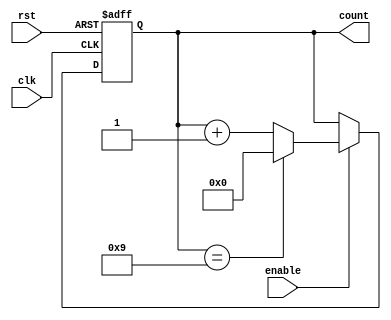
module modulus_counter #(
    parameter N = 10 // Modulus value, default is 10
)(
    input wire clk,    // Clock input
    input wire rst,    // Asynchronous reset input
    input wire enable, // Enable signal
    output reg [N-1:0] count // N-bit output for the count
);

// Ensure that N is greater than 0
initial begin
    if (N <= 0) begin
        $error("Error: Modulus N must be greater than zero.");
        $finish;
    end
end

// Always block that triggers on the rising edge of the clock
always @(posedge clk or posedge rst) begin
    if (rst) begin
        count <= 0; // Reset count to 0
    end else if (enable) begin
        // Increment count or reset to 0 if it reaches the modulus value
        if (count == (N-1)) begin
            count <= 0; // Reset to 0 when the maximum count is reached
        end else begin
            count <= count + 1; // Increment count
        end
    end
end

endmodule